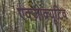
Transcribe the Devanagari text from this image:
एक्ज़ोक्यूटिव